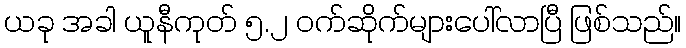
ယခု အခါ ယူနီကုတ် ၅.၂ ဝက်ဆိုက်များပေါ်လာပြီ ဖြစ်သည်။